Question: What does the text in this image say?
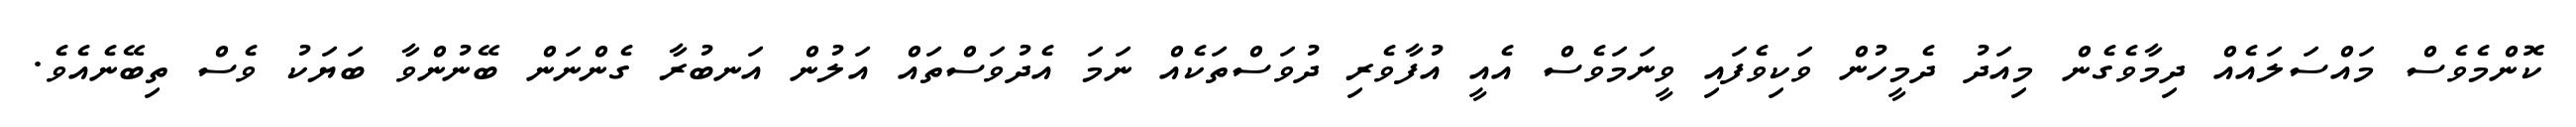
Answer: ކޮންމެވެސް މައްސަލައެއް ދިމާވެގެން މިއަދު ދެމީހުން ވަކިވެފައި ވީނަމަވެސް އެއީ އުފާވެރި ދުވަސްތަކެއް ނަމަ އެދުވަސްތައް އަލުން އަނބުރާ ގެންނަން ބޭނުންވާ ބަޔަކު ވެސް ތިބޭނެއެވެ.